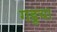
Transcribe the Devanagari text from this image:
गडूचा